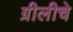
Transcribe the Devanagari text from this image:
ग्रीलीचे